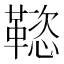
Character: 𲊟